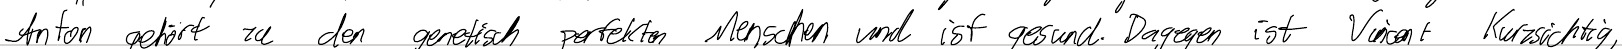
Anton gehört zu den genetisch perfekten Menschen und ist gesund. Dagegen ist Vincent Kurzsichtig,